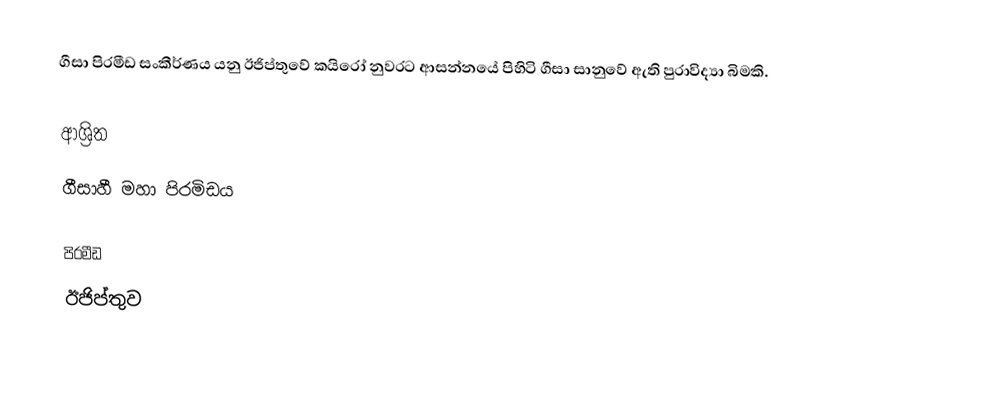
ගීසා පිරමීඩ සංකීර්ණය යනු ඊජිප්තුවේ කයිරෝ නුවරට ආසන්නයේ පිහිටි ගීසා සානුවේ ඇති පුරාවිද්‍යා බිමකි.

ආශ්‍රිත
 ගීසාහී මහා පිරමිඩය

පිරමීඩ
ඊජිප්තුව